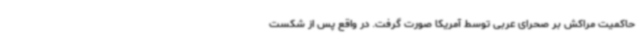
حاکمیت مراکش بر صحرای عربی توسط آمریکا صورت گرفت. در واقع پس از شکست